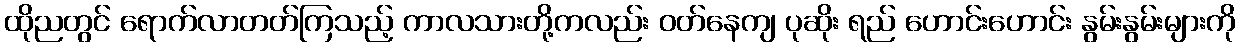
ထိုညတွင် ရောက်လာတတ်ကြသည့် ကာလသားတို့ကလည်း ဝတ်နေကျ ပုဆိုး ရည် ဟောင်းဟောင်း နွမ်းနွမ်းများကို